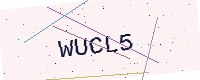
Text: WUCL5